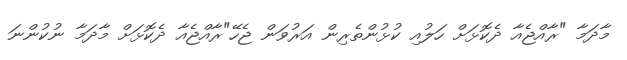
މާދަމާ "ރާއްޖެއާ ދެކޮޅަށް ހަލުއި ކުޅުންތެރިން އަރުވަން ޖެހޭ"ރާއްޖެއާ ދެކޮޅަށް މާދަމާ ނުކުންނަ